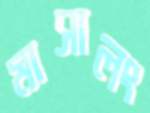
মাসালং